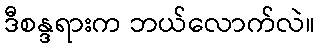
ဒီစန္ဒရားက ဘယ်လောက်လဲ။